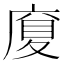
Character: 𪪜